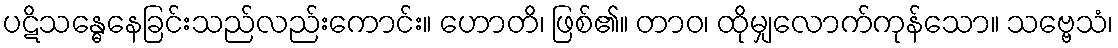
ပဋိသန္ဓေနေခြင်းသည်လည်းကောင်း။ ဟောတိ၊ ဖြစ်၏။ တာဝ၊ ထိုမျှလောက်ကုန်သော။ သဗ္ဗေသံ၊